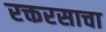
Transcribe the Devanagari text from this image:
रक्तरसाचा